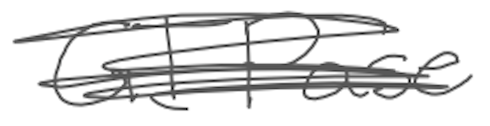
Text: GTPase
Cross-out: scratch
Writing tool: digital_gray